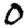
Digit: 0